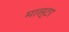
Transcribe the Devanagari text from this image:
मास्टर